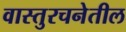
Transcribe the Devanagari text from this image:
वास्तुरचनेतील